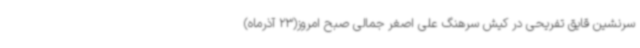
سرنشین قایق تفریحی در کیش سرهنگ علی اصغر جمالی صبح امروز(23 آذرماه)